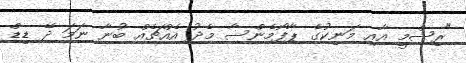
"ރިޝްމީ އާއި މަނިކުގެ ޕާފޯމެންސާ މެދު އެއްޗެއް ބުނާ ނަމަ ދޭ ޑިޑް